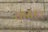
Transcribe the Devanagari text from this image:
वास्तव